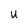
Character: U